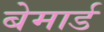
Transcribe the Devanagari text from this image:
बेमार्ड